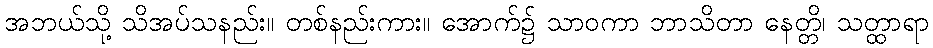
အဘယ်သို့ သိအပ်သနည်း။ တစ်နည်းကား။ အောက်၌ သာဝကာ ဘာသိတာ နေတ္တိ၊ သတ္ထာရာ